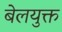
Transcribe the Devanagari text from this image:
बेलयुक्त